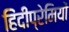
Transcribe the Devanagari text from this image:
हिंदीप्रेमियों